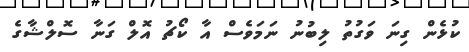
ކުޅެން ގިނަ ވަގުތު ލިބުނު ނަމަވެސް އާ ކޯޗު އޮލް ގަނާ ސޮލްޝާގެ